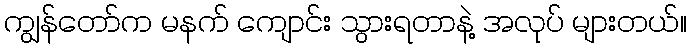
ကျွန်တော်က မနက် ကျောင်း သွားရတာနဲ့ အလုပ် များတယ်။